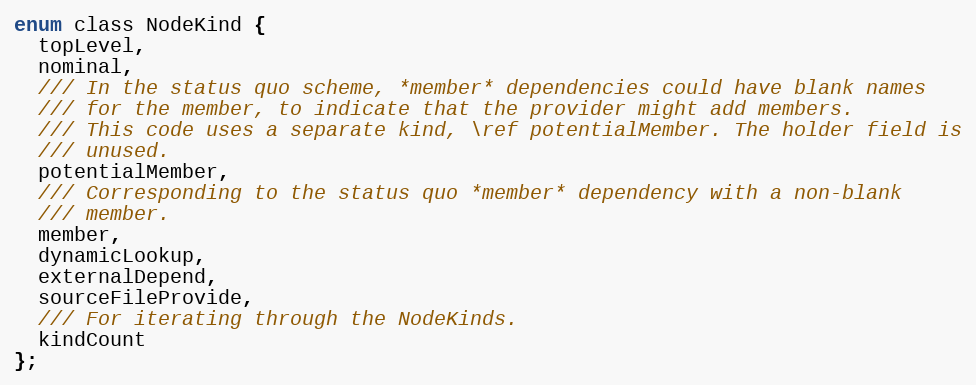
Language: C
enum class NodeKind {
  topLevel,
  nominal,
  /// In the status quo scheme, *member* dependencies could have blank names
  /// for the member, to indicate that the provider might add members.
  /// This code uses a separate kind, \ref potentialMember. The holder field is
  /// unused.
  potentialMember,
  /// Corresponding to the status quo *member* dependency with a non-blank
  /// member.
  member,
  dynamicLookup,
  externalDepend,
  sourceFileProvide,
  /// For iterating through the NodeKinds.
  kindCount
};